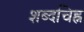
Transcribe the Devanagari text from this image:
शब्दचिह्न